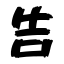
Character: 告